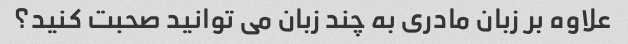
علاوه بر زبان مادری به چند زبان می توانید صحبت کنید؟